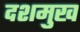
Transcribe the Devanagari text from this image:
दशमुख